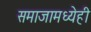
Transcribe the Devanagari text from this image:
समाजामध्येही